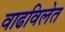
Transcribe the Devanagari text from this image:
वाढविलेत